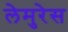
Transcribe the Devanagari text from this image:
लेमुरेस